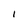
Character: 1